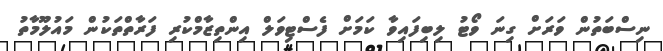
ނިސްބަތުން ވަރަށް ގިނަ ވޯޓު ލިބިފައިވާ ކަމަށް ފެސްޓިވަލް އިންތިޒާމްކުރި ފަރާތްތަކުން މައުލޫމާތު